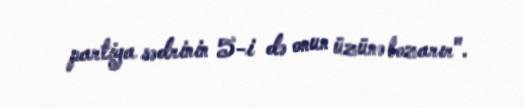
partiya sədrinin 5-i də onun üzünə bozarır".